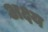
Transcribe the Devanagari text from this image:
अक्ष्य